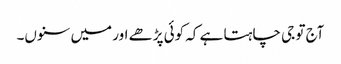
آج تو جی چاہتا ہے کہ کوئی پڑھے اور میں سنوں۔